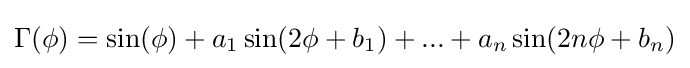
\Gamma (\phi )=\sin(\phi )+a_{1}\sin(2\phi +b_{1})+...+a_{n}\sin(2n\phi +b_{n})